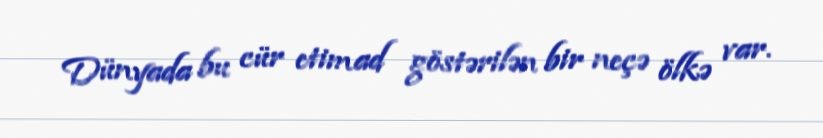
Dünyada bu cür etimad göstərilən bir neçə ölkə var.